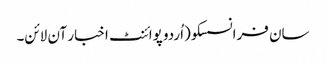
سان فرانسسکو(اُردو پوائنٹ اخبار آن لائن۔